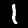
Label: 1